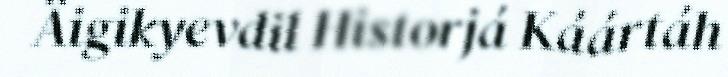
Äigikyevdil Historjá Káártáh